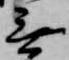
無